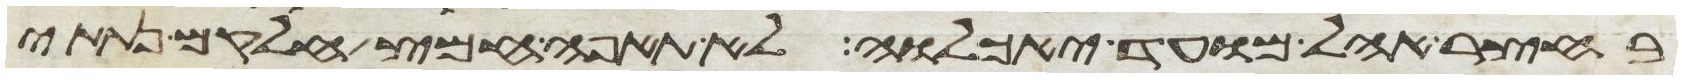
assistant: בחצר אהל מועד יאכלוה לא תאפה חמץ חלקם נתתי